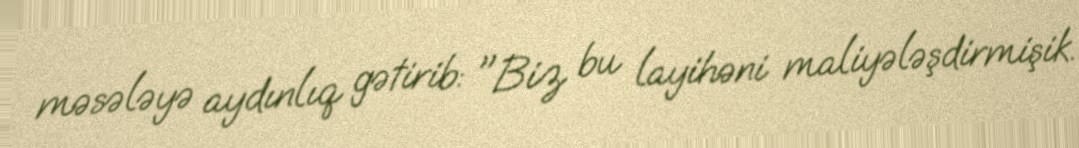
məsələyə aydınlıq gətirib: "Biz bu layihəni maliyələşdirmişik.